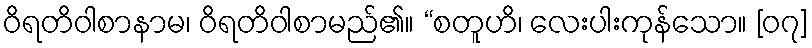
ဝိရတိဝါစာနာမ၊ ဝိရတိဝါစာမည်၏။ “စတူဟိ၊ လေးပါးကုန်သော။ [၀၇]